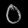
Digit: ၀